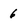
Character: 6